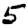
Digit: 5